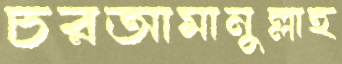
চরআমানুল্লাহ